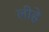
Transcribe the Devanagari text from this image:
लीहे